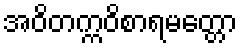
အဝိတက္ကဝိစာရမတ္တော